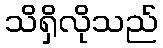
သိရှိလိုသည်